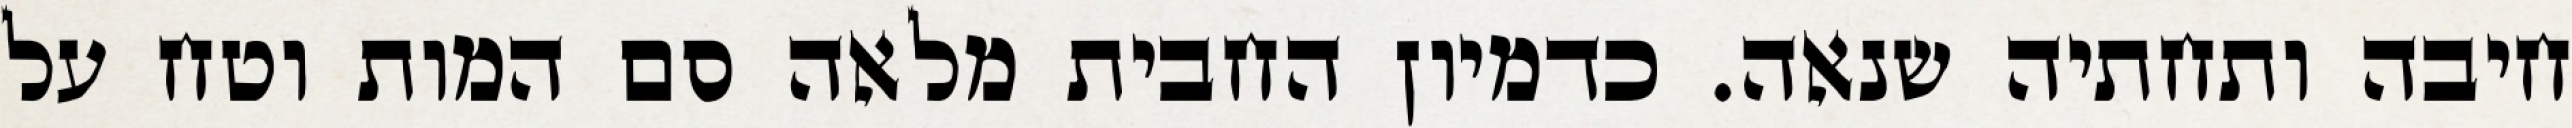
חיבה ותחתיה שנאה. כדמיון החבית מלאה סם המות וטח על